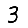
Digit: 3